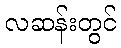
လဆန်းတွင်